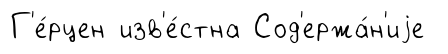
Г'е́рцен изв'е́стна Сод'ержа́н'иjе